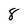
Character: 8